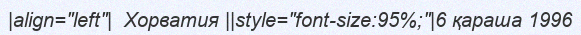
|align="left"|  Хорватия ||style="font-size:95%;"|6 қараша 1996